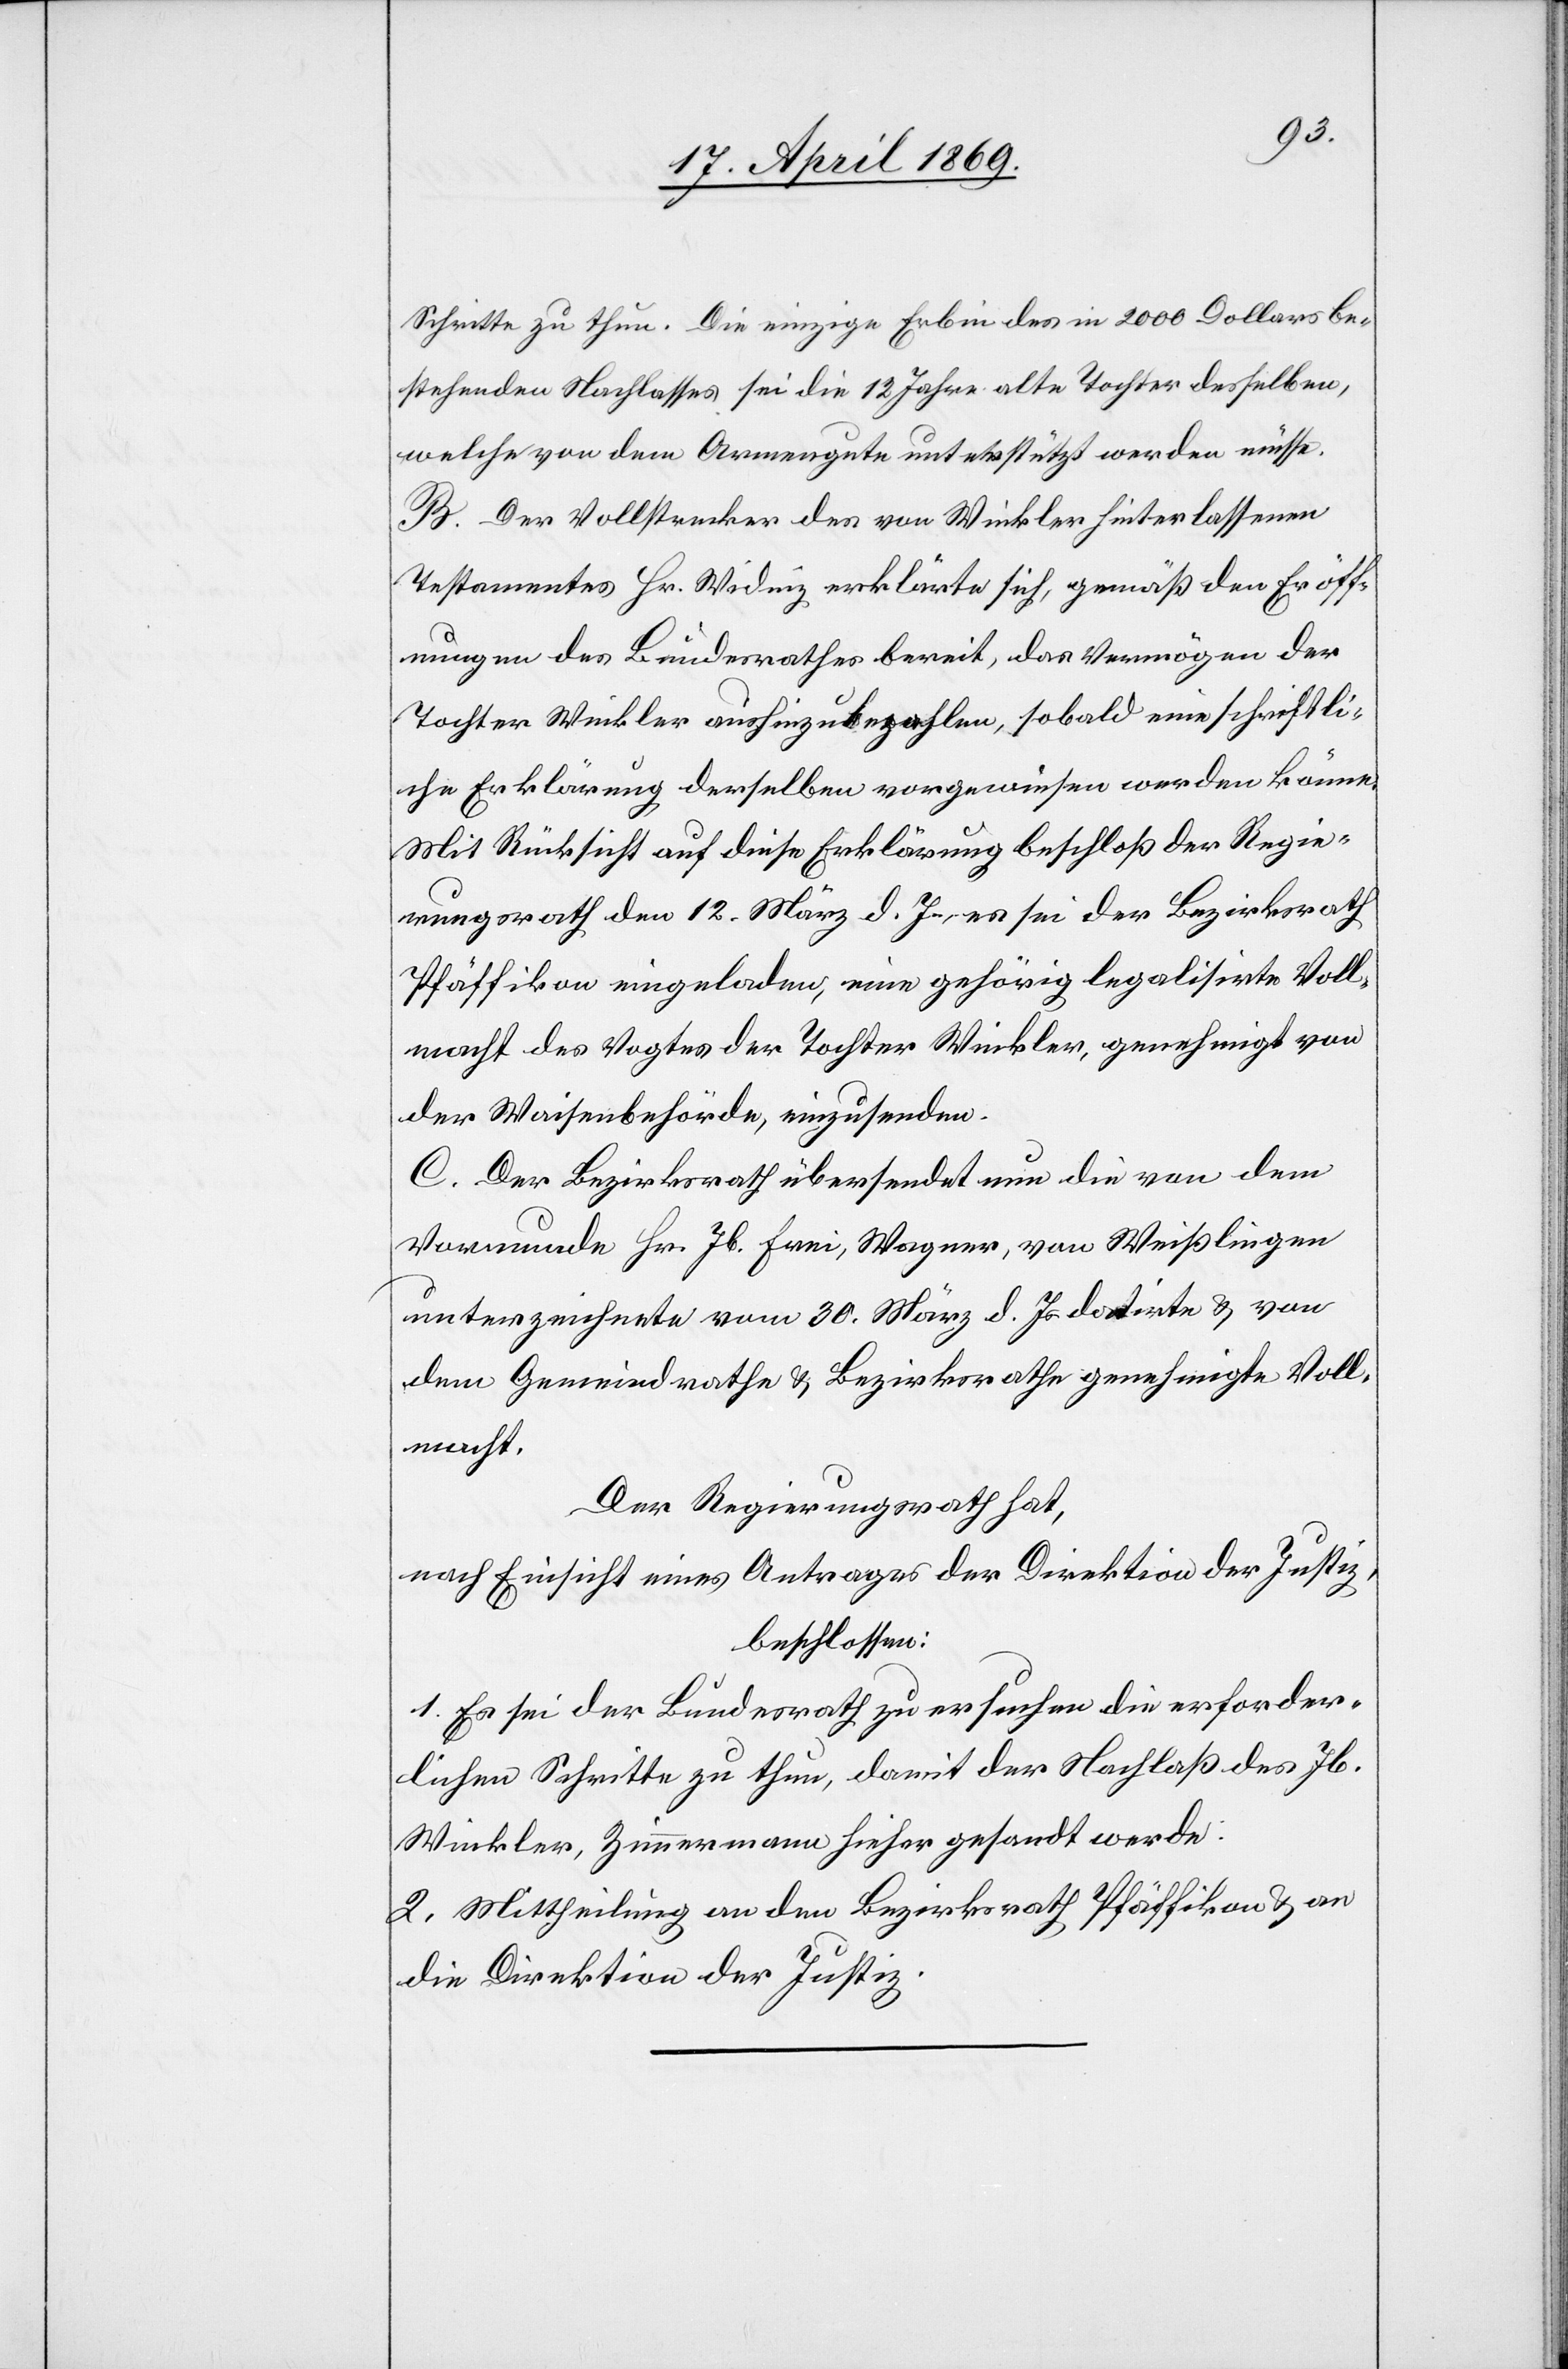
Schritte zu thun. Die einzige Erbin des in 2000 Dollars be¬
stehenden Nachlasses sei die 12 Jahre alte Tochter desselben,
welche von dem Armengute unterstützt werden müsse.
B. Der Vollstrecker des von Winkler hinterlassenen
Testamentes Hr. Widinz erklärte sich, gemäß den Eröff¬
nungen des Bundesrathes bereit, das Vermögen der
Tochter Winkler aushinzubezahlen, sobald eine schriftli¬
che Erklärung derselben vorgewiesen werden könne.
Mit Rücksicht auf diese Erklärung beschloß der Regie¬
rungsrath den 12. d. Js. es sei der Bezirksrath
Pfäffikon eingeladen, eine gehörig legalisirte Voll¬
macht des Vogtes der Tochter Winkler, genehmigt von
der Waisenbehörde, einzusenden.
C. Der Bezirksrath übersendet nun die von dem
Vormunde Hr. Jb. Frei, Wagner, von Weißlingen
unterzeichnete vom 30. März d. Js. datirte u. von
dem Gemeindrathe u. Bezirksrathe genehmigte Voll¬
macht.
Der Regierungsrath hat,
nach Einsicht eines Antrages der Direktion der Justiz,
beschlossen:
1. Es sei der Bundesrath zu ersuchen die erforder¬
lichen Schritte zu thun, damit der Nachlaß des Jb.
Winkler, Zimmermann hieher gesandt werde.
2. Mittheilung an den Bezirksrath Pfäffikon u. an
die Direktion der Justiz.